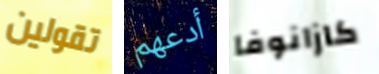
تقولين أدعهم كازانوفا